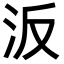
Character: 汳